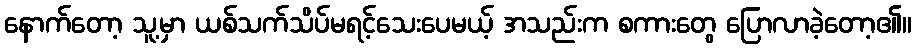
နောက်တော့ သူ့မှာ ယစ်သက်သိပ်မရင့်သေးပေမယ့် အသည်းက စကားတွေ ပြောလာခဲ့တော့၏။